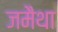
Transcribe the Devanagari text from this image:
जमैथा